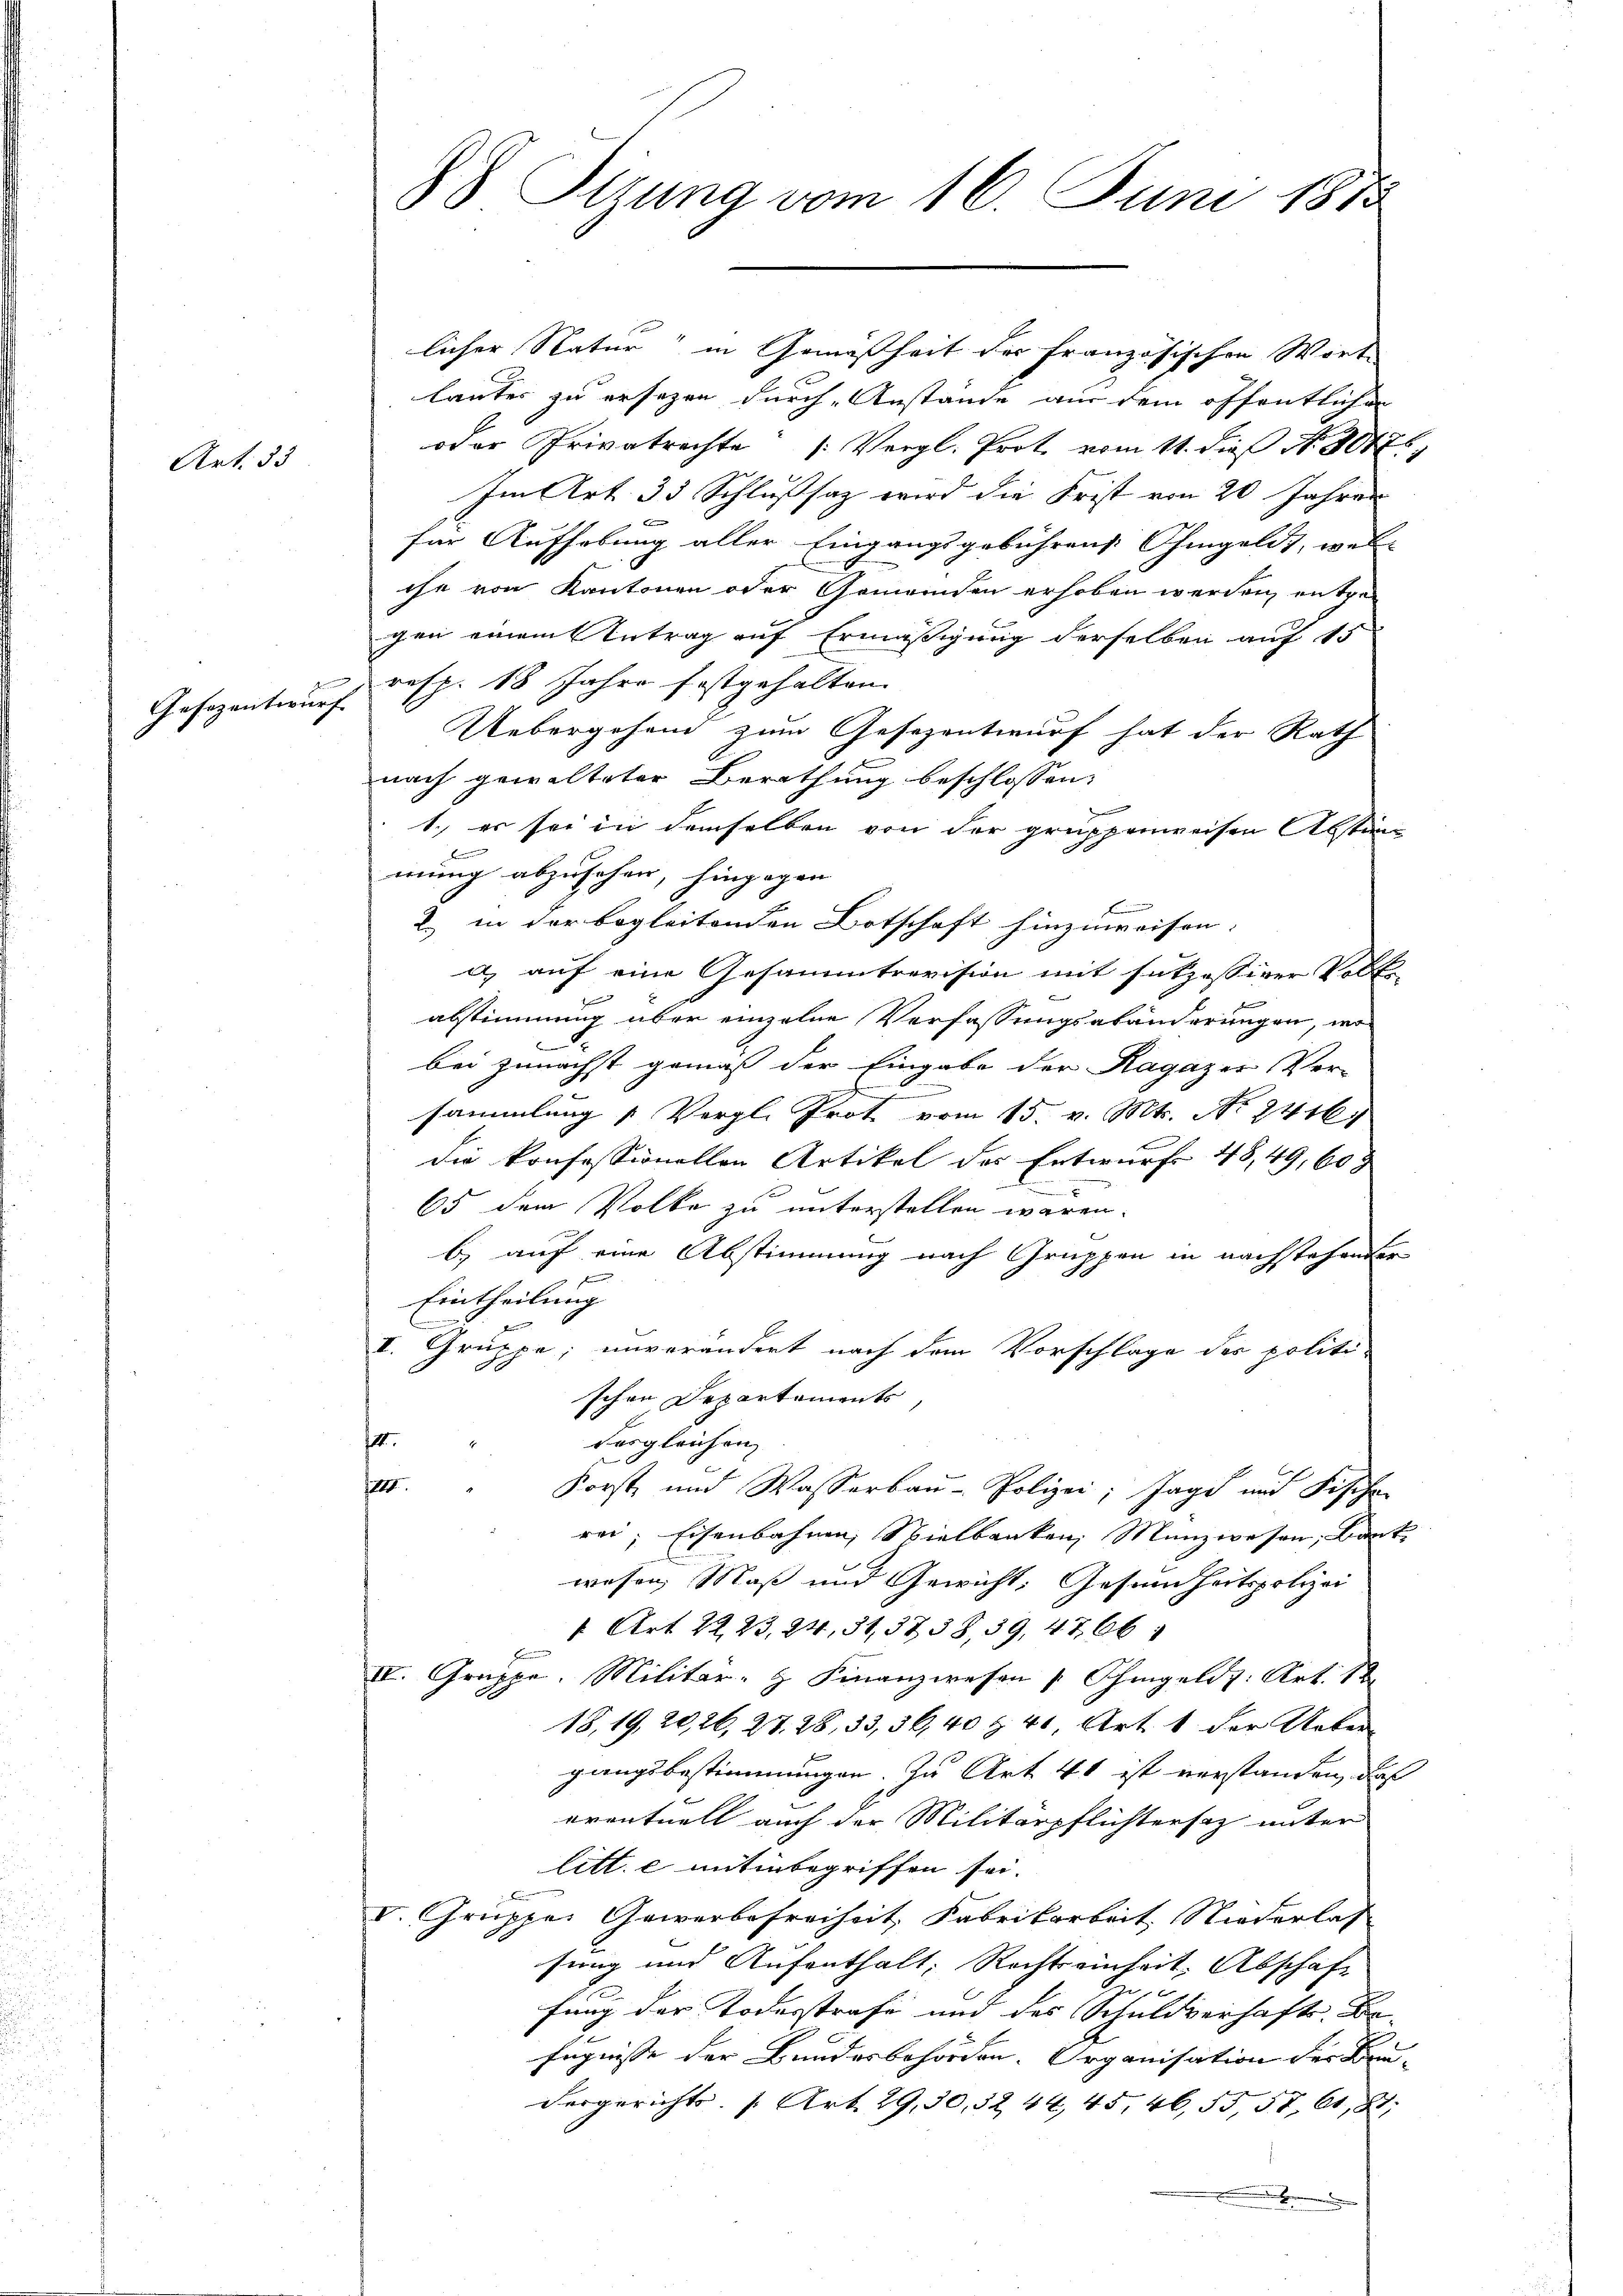
Art. 33

1
Gesezentwurf

88 Sizung vom 16. Juni 1873

licher Natur in Gemäßheit der Französischen Worte
lauter zu ersezen durch Anstände aus dem öffentlichen
oder Privatrechte (Vergl. Prot. vom 11. dieß N. 3017,
Im Art. 35 Schlußsatz wird die Frist von 20 Jahres
für Aufhebung aller Eingangsgebührens hingeldt, wel- |
ihe von Kantonen oder Gemeinden erhoben werden, entge-
gen einem Antrag auf Ermäßigung derselben auf 15
resp. 18 Jahre festgehalten.
Uebergehend zum Gesezentwurf hat der Rath
nach gewalteter Berathung beschlossen:
1. es sei in demselben von der gruppenweisen Abstänmung abzusehen, hingegen
2. in der begleitenden Botschaft hinzuweisen.
a) auf eine Gesammtrevision mit setzessiver Volk
e
abstimmung über einzelne Verfassungsabänderungen, wo
bei zunächst gemäß der Eingabe der Ragazer Ver-
sammlung „Vergl. Prot vom 15. v. Mts. No. 2416.
die konfessionellen Artikel des Entwurfe 48,49, 608
65 dem Volke zu unterstellen wären.
b) auf eine Abstimmung nach Gruppen in nachstehender
 f
Eintheilung
b
I. Gruppe, unverändert nach dem Vorschlage des politi-
schen Departements,
1
desgleichen
IIIII.
Forst und Wasserbau-Polizei; Tage und Fische
rei; Eisenbahnen, Spielbanken, Münzwesen, Baut
wesen Maß und Gewicht, Gesundheitspolizei
1 Art. 22, 23, 24, 31, 3738, 39, 4766
IV. Gruppe. Militär- & Finanzwesen u hingelds: Art. 12.
18,19, 20, 26, 27. 28, 33,56,40 & 40, Art. 1 der Uebergangsbestimmungen. Zu Art 40 ist verstanden, daß
eventuell auch der Militärpflichtersatz unter
litt. e mitinbegriffen sei.
V. Gruppes Gewerbefreiheit, Fabrikarbeit Niederlas
sung und Aufenthalt, Rechtseinheit, Abschaft
 x
fung der Todesstrafe und des Schuldverhafts-Befugnisse der Bundesbehörden. Organisation der Bau-
dergerichts, s. Art. 29, 30, 32, 44, 45, 46, 55, 57, 61, 2,
.